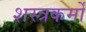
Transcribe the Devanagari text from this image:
शस्त्रकर्मों